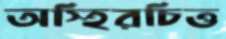
অস্হিরচিত্ত